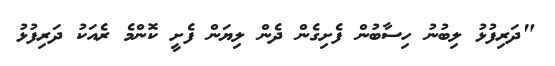
"ދަރިފުޅު ލިބުނު ހިސާބުން ފެށިގެން ދެން ލިޔަން ފެށީ ކޮންމެ ރެއަކު ދަރިފުޅު